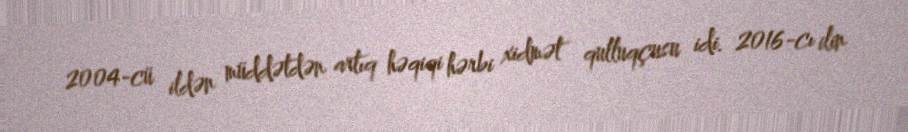
2004-cü ildən müddətdən artıq həqiqi hərbi xidmət qulluqçusu idi. 2016-cı ilin